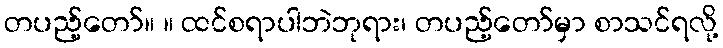
တပည့်တော်။ ။ ထင်စရာပါဘဲဘုရား၊ တပည့်တော်မှာ စာသင်ရလို့